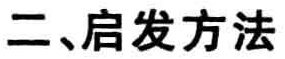
二、启发方法